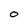
Character: O